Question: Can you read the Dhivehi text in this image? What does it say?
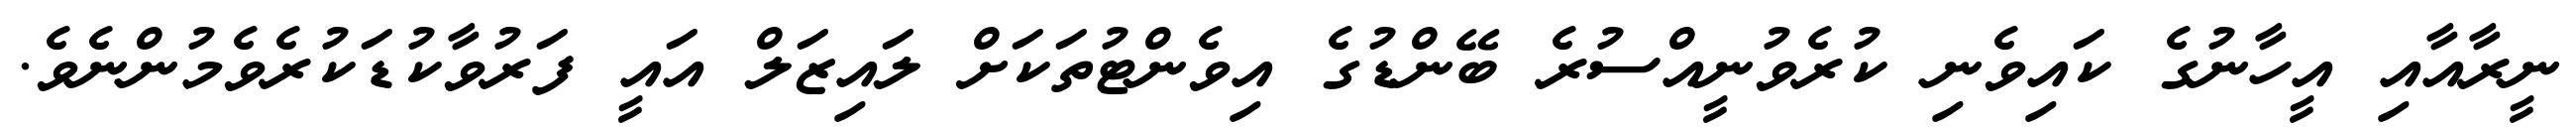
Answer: ނީރާއާއި އީހާނުގެ ކައިވެނި ކުރެވުނީއްސުރެ ބޭންޑުގެ އިވެންޓުތަކަށް ލައިޒަލް އައީ ފަރުވާކުޑަކުރެވެމުންނެވެ.